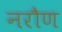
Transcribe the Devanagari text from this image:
नरौण